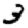
Digit: 3